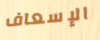
الإسعاف